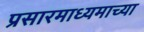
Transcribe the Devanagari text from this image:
प्रसारमाध्‍यमाच्‍या